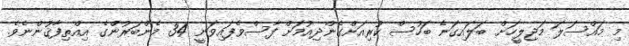
މި މައްސަލަ މަޖިލީހަށް ބަލައިގަނެ ބަހުސް ކުރިއަށްގެންދިއުމަށް ފާސްވެފައިވަނީ 34 މެންބަރުންގެ އިއްތިފާޤުންނެވެ.